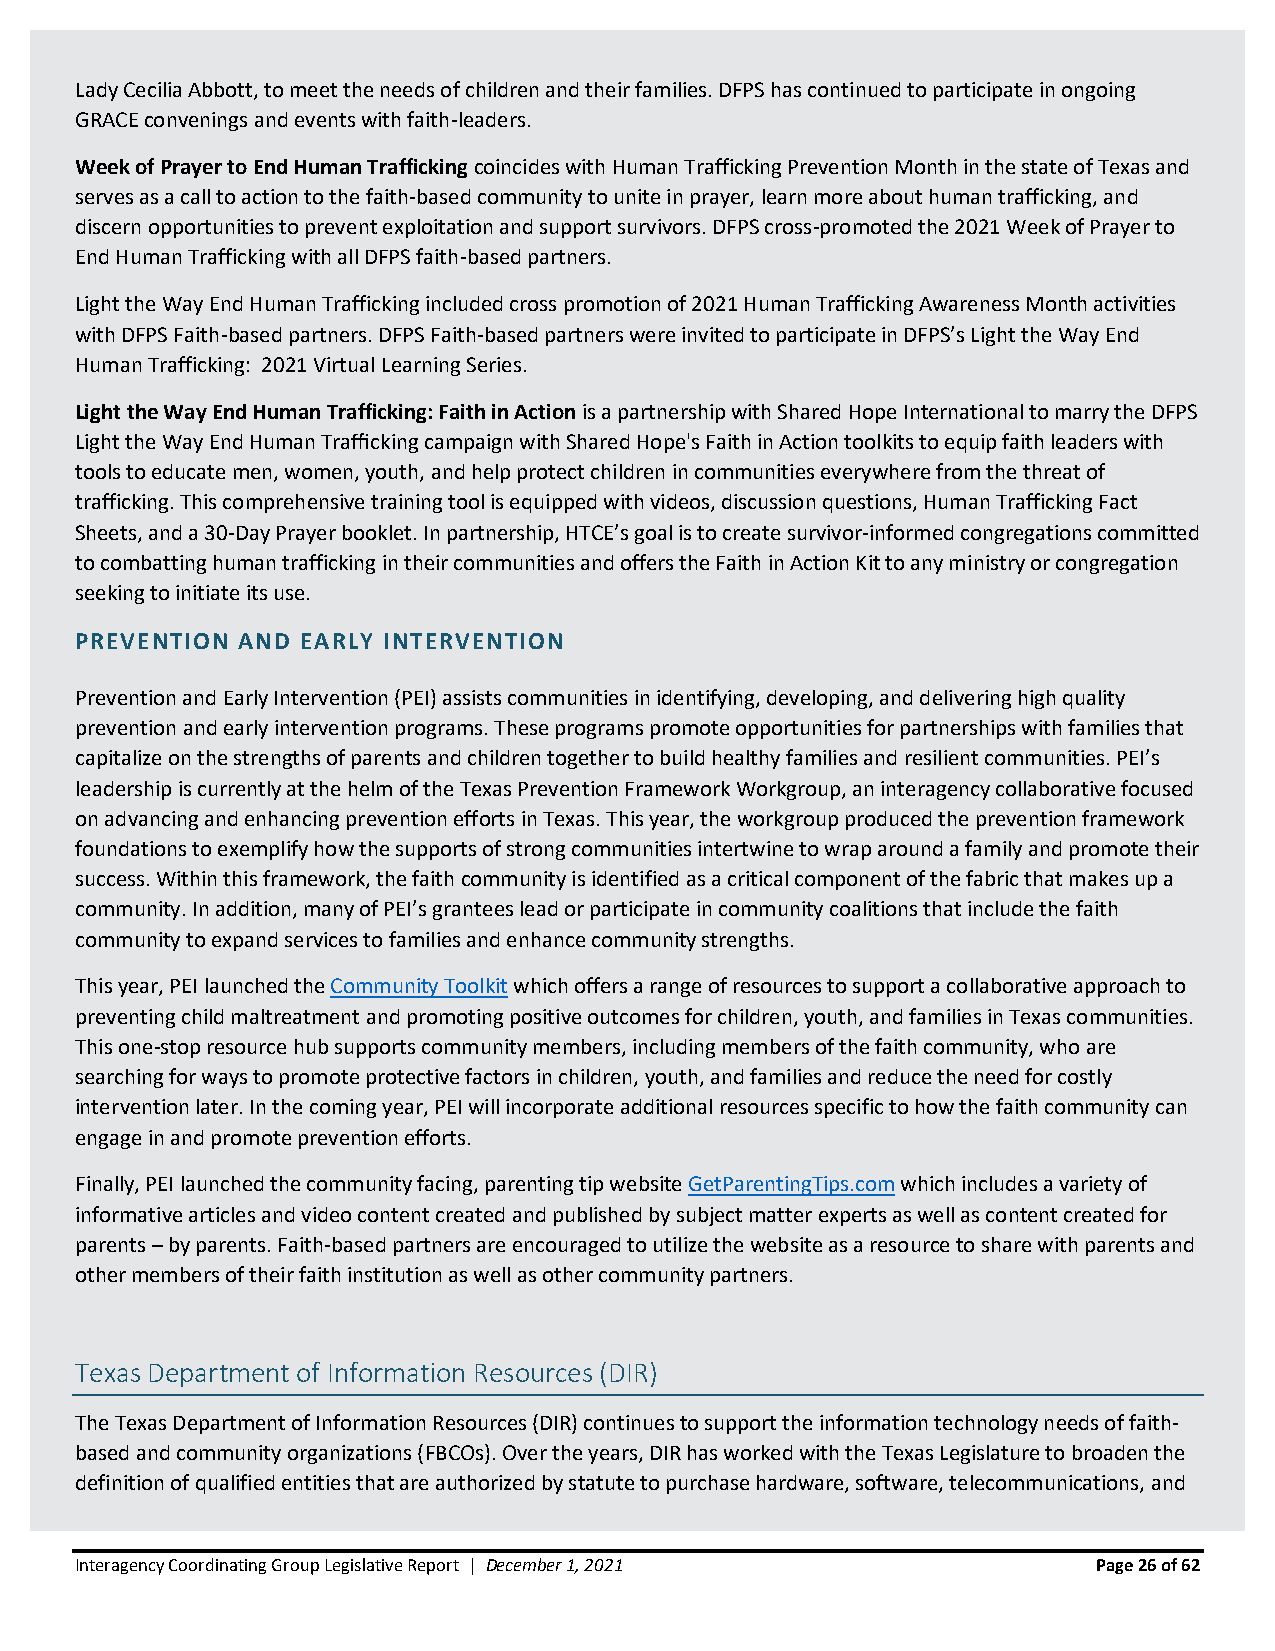
Lady Cecilia Abbott, to meet the needs of children and their families. DFPS has continued to participate in ongoing
 GRACE convenings and events with faith-leaders.
 Week of Prayer to End Human Trafficking coincides with Human Trafficking Prevention Month in the state of Texas and
 serves as a call to action to the faith-based community to unite in prayer, learn more about human trafficking, and
 discern opportunities to prevent exploitation and support survivors. DFPS cross-promoted the 2021 Week of Prayer to
 End Human Trafficking with all DFPS faith-based partners.
 Light the Way End Human Trafficking included cross promotion of 2021 Human Trafficking Awareness Month activities
 with DFPS Faith-based partners. DFPS Faith-based partners were invited to participate in DFPS’s Light the Way End
 Human Trafficking: 2021 Virtual Learning Series.
 Light the Way End Human Trafficking: Faith in Action is a partnership with Shared Hope International to marry the DFPS
 Light the Way End Human Trafficking campaign with Shared Hope's Faith in Action toolkits to equip faith leaders with
 tools to educate men, women, youth, and help protect children in communities everywhere from the threat of
 trafficking. This comprehensive training tool is equipped with videos, discussion questions, Human Trafficking Fact
 Sheets, and a 30-Day Prayer booklet. In partnership, HTCE’s goal is to create survivor-informed congregations committed
 to combatting human trafficking in their communities and offers the Faith in Action Kit to any ministry or congregation
 seeking to initiate its use.
 PREVENTION AND EARLY INTERVENTION
 Prevention and Early Intervention (PEI) assists communities in identifying, developing, and delivering high quality
 prevention and early intervention programs. These programs promote opportunities for partnerships with families that
 capitalize on the strengths of parents and children together to build healthy families and resilient communities. PEI’s
 leadership is currently at the helm of the Texas Prevention Framework Workgroup, an interagency collaborative focused
 on advancing and enhancing prevention efforts in Texas. This year, the workgroup produced the prevention framework
 foundations to exemplify how the supports of strong communities intertwine to wrap around a family and promote their
 success. Within this framework, the faith community is identified as a critical component of the fabric that makes up a
 community. In addition, many of PEI’s grantees lead or participate in community coalitions that include the faith
 community to expand services to families and enhance community strengths.
 This year, PEI launched the Community Toolkit which offers a range of resources to support a collaborative approach to
 preventing child maltreatment and promoting positive outcomes for children, youth, and families in Texas communities.
 This one-stop resource hub supports community members, including members of the faith community, who are
 searching for ways to promote protective factors in children, youth, and families and reduce the need for costly
 intervention later. In the coming year, PEI will incorporate additional resources specific to how the faith community can
 engage in and promote prevention efforts.
 Finally, PEI launched the community facing, parenting tip website GetParentingTips.com which includes a variety of
 informative articles and video content created and published by subject matter experts as well as content created for
 parents – by parents. Faith-based partners are encouraged to utilize the website as a resource to share with parents and
 other members of their faith institution as well as other community partners.
 Texas Department of Information Resources (DIR)
 The Texas Department of Information Resources (DIR) continues to support the information technology needs of faith-
 based and community organizations (FBCOs). Over the years, DIR has worked with the Texas Legislature to broaden the
 definition of qualified entities that are authorized by statute to purchase hardware, software, telecommunications, and
 Interagency Coordinating Group Legislative Report | December 1, 2021 Page 26 of 62